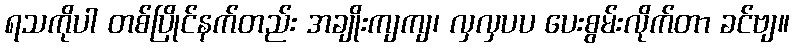
ရသကိုပါ တစ်ပြိုင်နက်တည်း အချိုးကျကျ၊ လှလှပပ ပေးစွမ်းလိုက်တာ ခင်ဗျ။